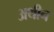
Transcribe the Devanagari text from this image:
अथीन